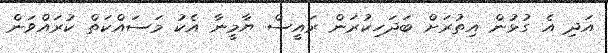
އަދި އެ ގުޅުން އިތުރަށް ބަދަހިކުރަން ރައީސް ޔާމީނާ އެކު މަސައްކަތް ކުރައްވަން